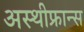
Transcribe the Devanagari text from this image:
अस्थीफ्रान्स